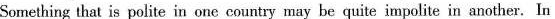
Something that is polite in one country may be quite impolite in another. In